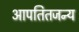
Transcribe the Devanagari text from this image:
आपतितजन्य